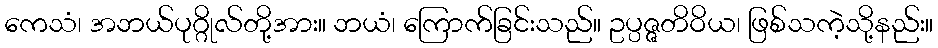
ကေသံ၊ အဘယ်ပုဂ္ဂိုလ်တို့အား။ ဘယံ၊ ကြောက်ခြင်းသည်။ ဥပ္ပဇ္ဇတိဝိယ၊ ဖြစ်သကဲ့သို့နည်း။